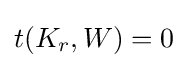
t(K_{r},W)=0